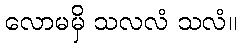
လောမမှိ သလလံ သလံ။